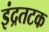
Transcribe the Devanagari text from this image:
इंद्रतटक